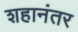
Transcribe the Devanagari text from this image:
शहानंतर